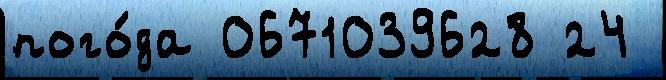
пого́да 0671039628 24